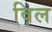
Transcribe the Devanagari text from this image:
व़िल